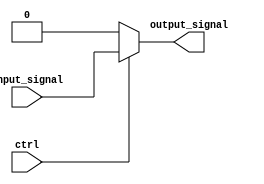
module comb_buffer(
    input wire ctrl,
    input wire input_signal,
    output reg output_signal
    );

    always @ (ctrl, input_signal)
    begin
        if (ctrl == 1'b1)
            output_signal = input_signal;
        else
            output_signal = 1'b0;
    end

endmodule